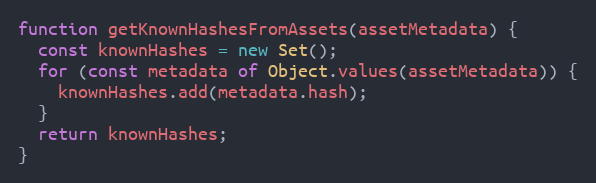
Language: JavaScript
function getKnownHashesFromAssets(assetMetadata) {
  const knownHashes = new Set();
  for (const metadata of Object.values(assetMetadata)) {
    knownHashes.add(metadata.hash);
  }
  return knownHashes;
}